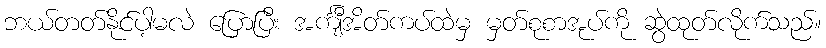
ဘယ်တတ်နိုင်ပါ့မလဲ ပြောပြီး အင်္ကျီအိတ်ကပ်ထဲမှ မှတ်စုစာအုပ်ကို ဆွဲထုတ်လိုက်သည်။